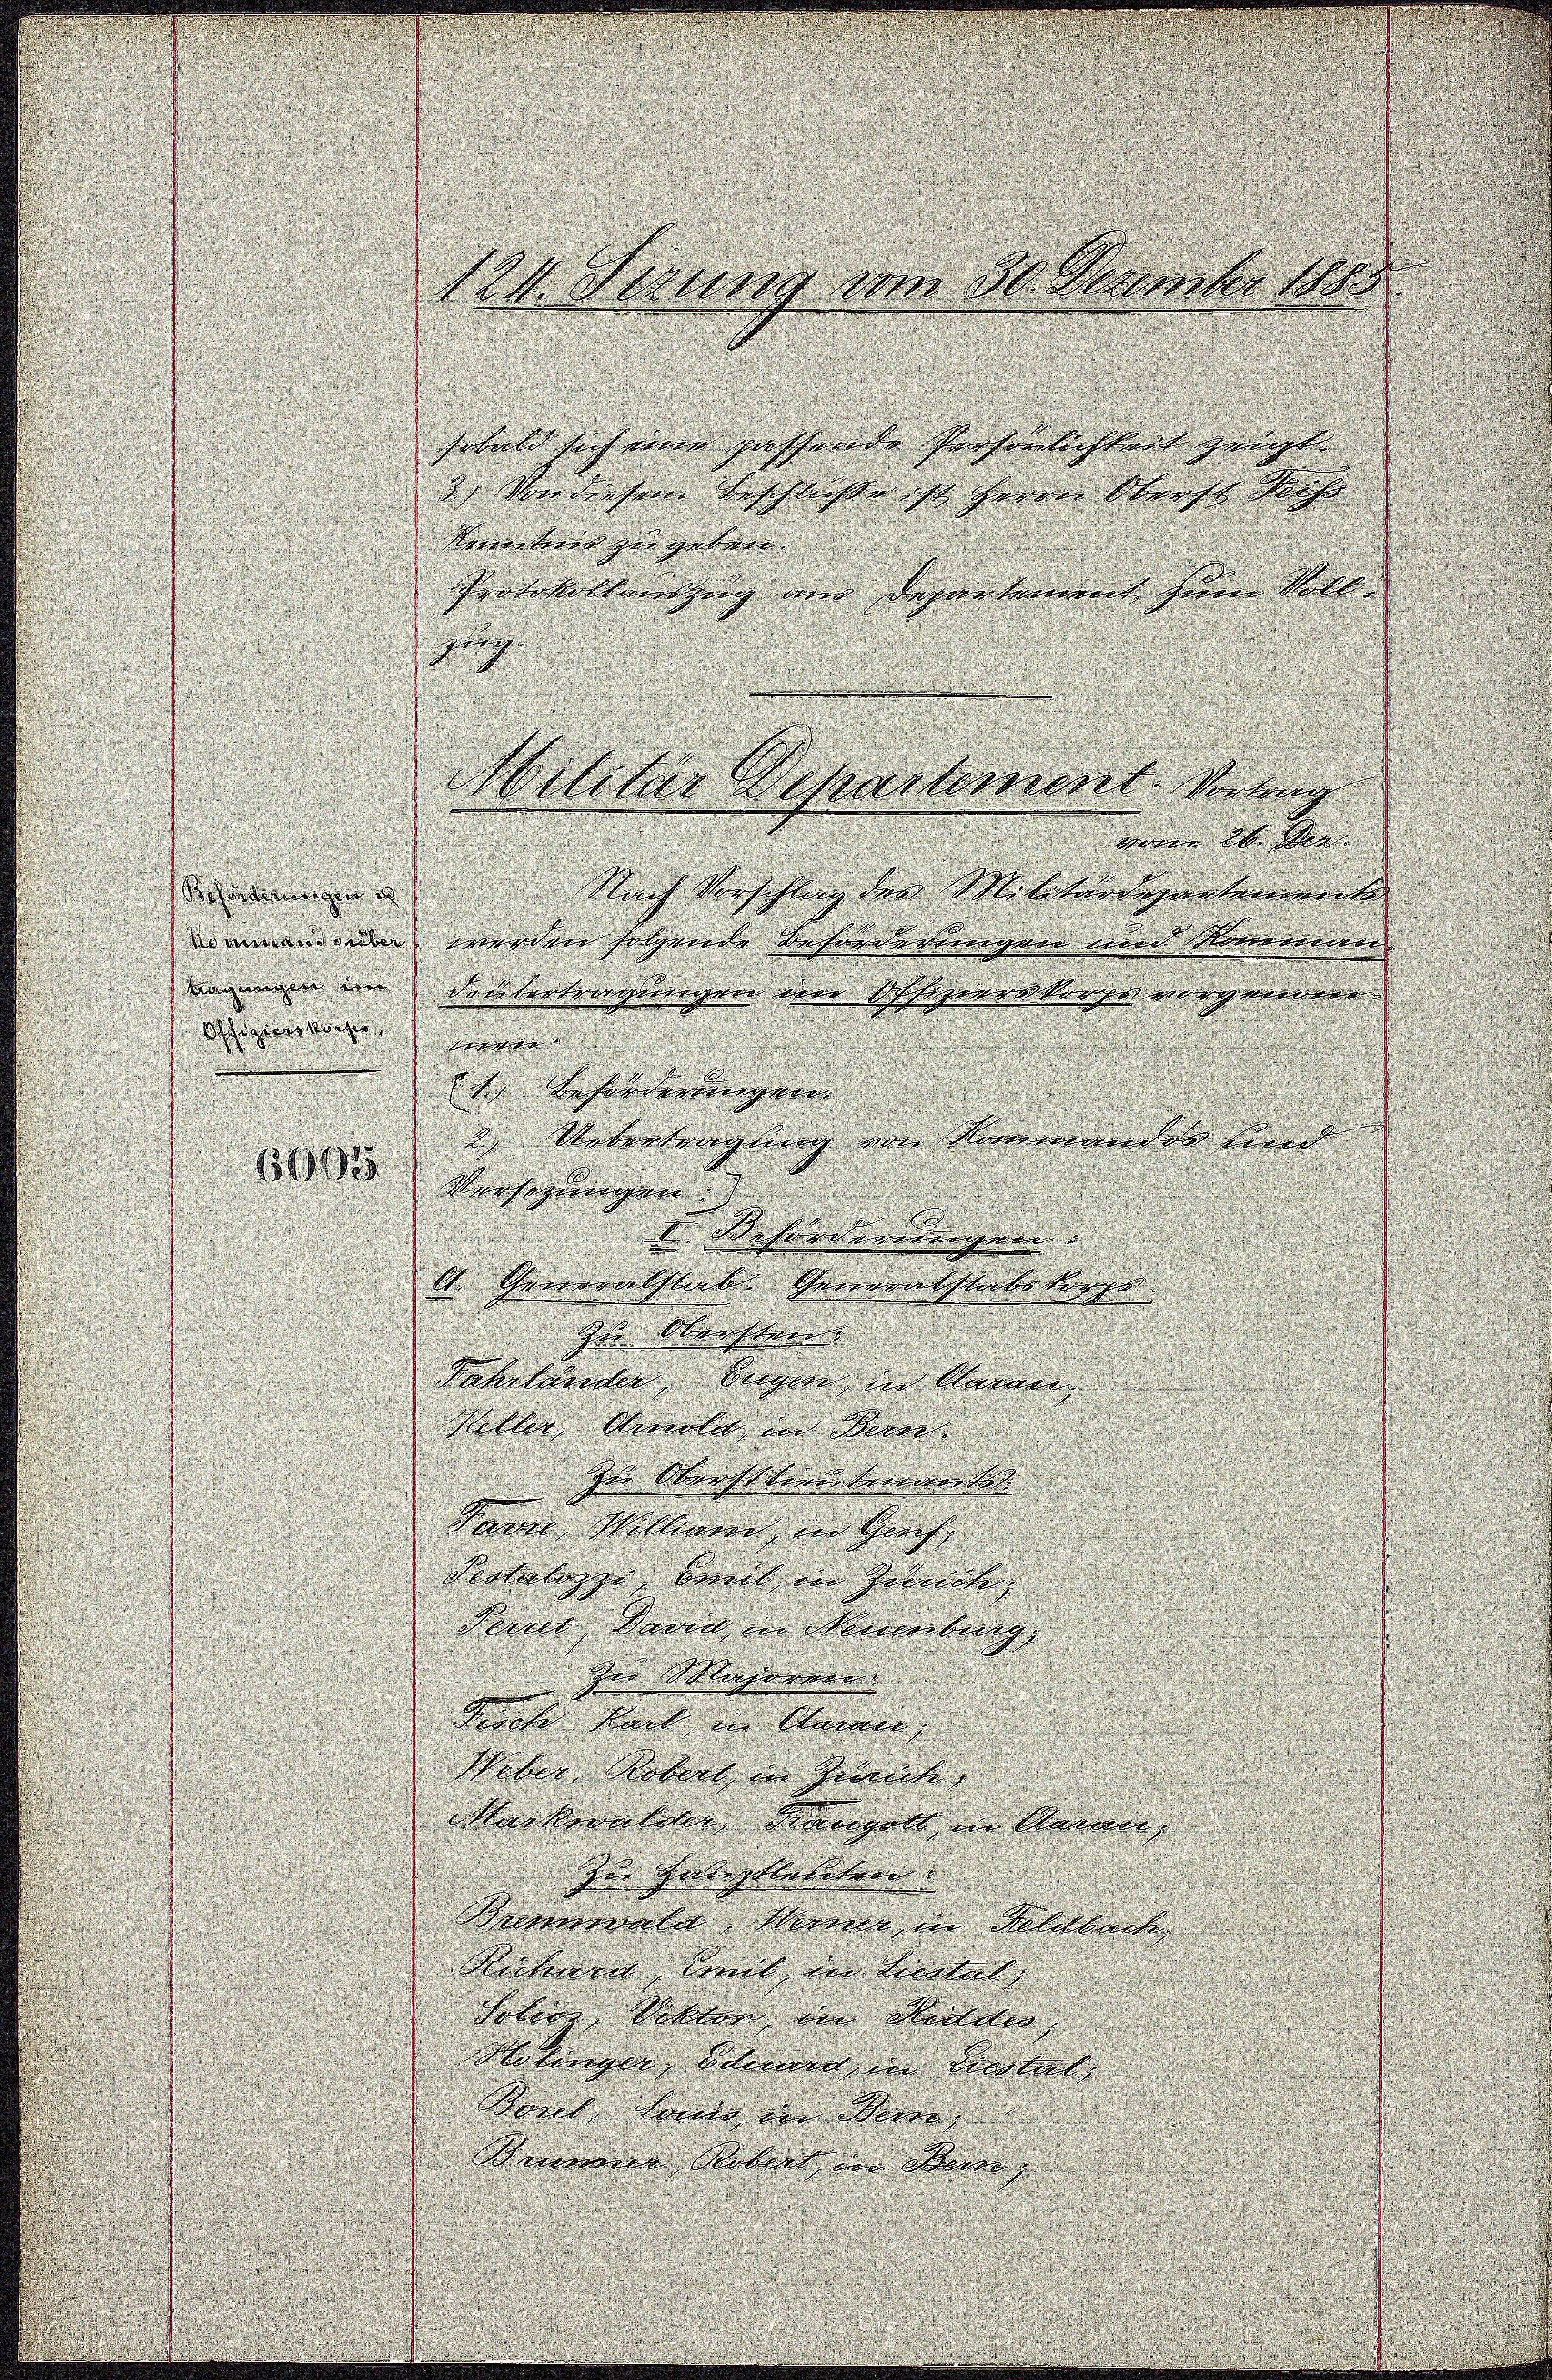
sobald sich eine passende Persönlichkeit zeigt.
3.) Von diesem Beschluße ist Herrn Oberst Sache
Sonnteres zu geben.
Protokollanzug aus Departement zum Vollug
vom 26. Den
Nach Vorschlag des Militärdepartemont
wimmenen werden folgende Reforderungen und Moneren
anmann im drübertragungen eine Offizierskorps vorgenome
11. Beförderungen.
2.) Uebertragung von Rommander und
Versezungen.
I. Beförderungen.
l. Generalstab. Generalstats korps
Zu Oberster.
Fahrländer, beigen, in Garan.
Heller Amold in Bern.
Zu Oberst tenunterwort.
Favre, William, in Genf,
Pestalozzi, bereit in Geleich,
Perud, Dann in Neuenburg,
zur Majormer
Fruch kart in Aarau,
Weber Robert, in Zürich
Markwalder, Rangolt, in Aarau,
Zur Gatiptladation
Brennwald, Werner, in Feldbach,
Richart, weil, in Liestal,
Solen Viktor in Redder,
Helinger, Edenera in Liestals
Sont land in den
Seummer Robert in dem,

Behörderungen u

Gligionskonzes einer

1695

124. Sizung vom 30. Dezember 1885

Militar Departement. Vortrag